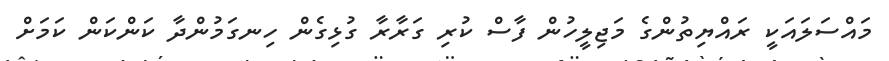
މައްސަލައަކީ ރައްޔިތުންގެ މަޖިލީހުން ފާސް ކުރި ގަރާރާ ގުޅިގެން ހިނގަމުންދާ ކަންކަން ކަމަށް